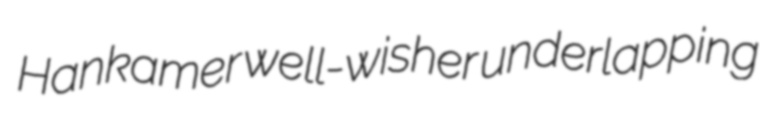
Hankamer well-wisher underlapping